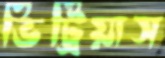
ভিট্রিয়াস